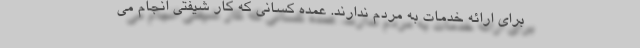
برای ارائه خدمات به مردم ندارند. عمده کسانی که کار شیفتی انجام می